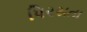
પિરસતા